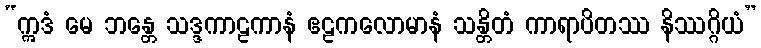
“ဣဒံ မေ ဘန္တေ သဒ္ဒကာဠကာနံ ဧဠကလောမာနံ သန္တိတံ ကာရာပိတဿ နိဿဂ္ဂိယံ”